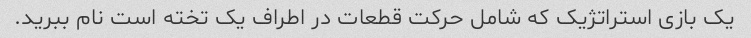
یک بازی استراتژیک که شامل حرکت قطعات در اطراف یک تخته است نام ببرید.